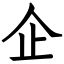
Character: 企